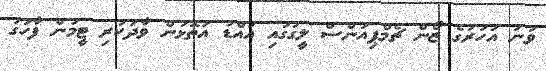
ވަނަ އަހަރުގެ ޒޯން ޗެމްޕިއަންސް ލީގުގައި އައްޑު އަތޮޅުން ވާދަކުރި ޓީމުން ފާހަގަ